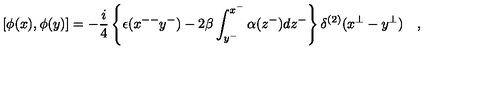
\left[ \phi ( x ) , \phi ( y ) \right] = - \frac { i } { 4 } \left\{ \epsilon ( x ^ { -- } y ^ { - } ) - 2 \beta \int _ { y ^ { - } } ^ { x ^ { - } } \alpha ( z ^ { - } ) d z ^ { - } \right\} \delta ^ { ( 2 ) } ( x ^ { \bot } - y ^ { \bot } ) \quad ,